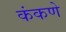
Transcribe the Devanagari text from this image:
कंकणे